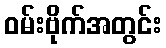
ဝမ်းဗိုက်အတွင်း